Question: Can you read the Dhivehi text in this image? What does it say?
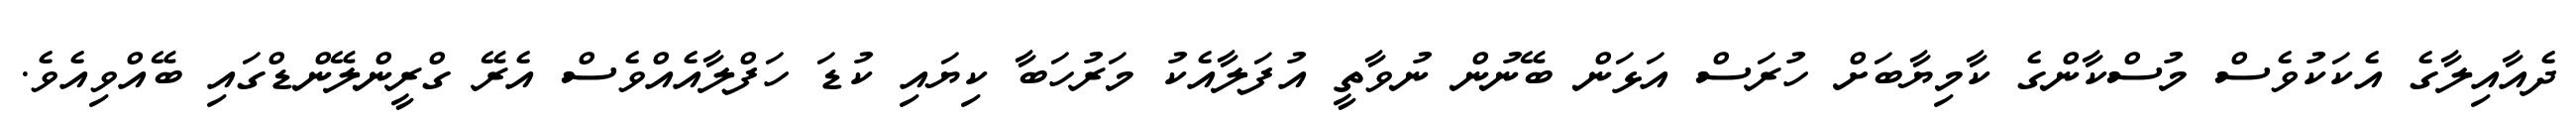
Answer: ދެއާއިލާގެ އެކަކުވެސް މުސްކާންގެ ކާމިޔާބަށް ހުރަސް އަޅަން ބޭނުން ނުވާތީ އުފަލާއެކު މަރުހަބާ ކިޔައި ކުޑަ ހަފްލާއެއްވެސް އެރޭ ގްރީންލޭންޑްގައި ބޭއްވިއެވެ.